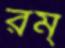
রম্